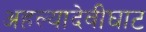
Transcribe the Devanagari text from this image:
अहल्यादेवीघाट